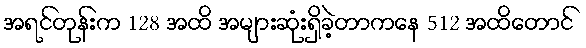
အရင်တုန်းက 128 အထိ အများဆုံးရှိခဲ့တာကနေ 512 အထိတောင်